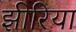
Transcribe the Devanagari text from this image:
झीरिया